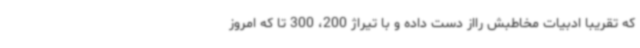
که تقریبا ادبیات مخاطبش رااز دست داده و با تیراژ 200، 300 تا که امروز